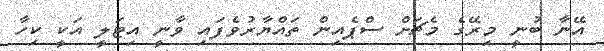
އޭނާ ބުނީ މިރޭގެ މެޗަށް ސްޕެއިން ތައްޔާރުވެފައި ވާނީ އިޓަލީ އަކީ ކިހާ